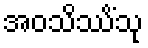
အဝသိဿိံသု